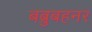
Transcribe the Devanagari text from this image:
बब्रुबहनर